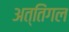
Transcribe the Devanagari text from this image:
अत्तिंगल